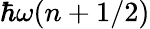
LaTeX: \hbar\omega(n+1/2)